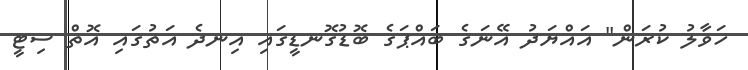
ހަވާލު ކުރަން" އައްޔަދު އޭނަގެ ބައްޕަގެ ބޮޑުގޮނޑީގައި އިނދެ އަތުގައި އޮތް ސިޓީ